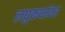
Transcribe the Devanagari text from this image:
लघुकथांवर